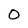
Character: 0